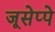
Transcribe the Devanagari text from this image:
जूसेप्पे